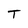
Character: T